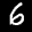
Label: 6